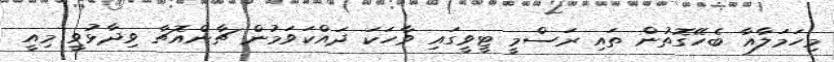
މިހަމަލާއާ ބެހޭގޮތުން ތައި ރަސްމީ ޓީވީގައި ވާހަކަ ދައްކަވަމުން ޗާންއޮޗާ ވިދާޅުވީ މިއީ